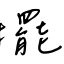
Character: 擺